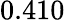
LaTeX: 0.410